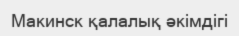
Макинск қалалық әкімдігі